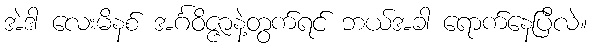
အဲဒါ လေးမိနစ် အင်္ဂဝိဇ္ဇာနဲ့တွက်ရင် ဘယ်အခါ ရောက်နေပြီလဲ။